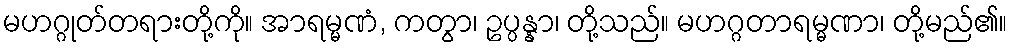
မဟဂ္ဂုတ်တရားတို့ကို။ အာရမ္မဏံ, ကတွာ၊ ဥပ္ပန္နာ၊ တို့သည်။ မဟဂ္ဂတာရမ္မဏာ၊ တို့မည်၏။